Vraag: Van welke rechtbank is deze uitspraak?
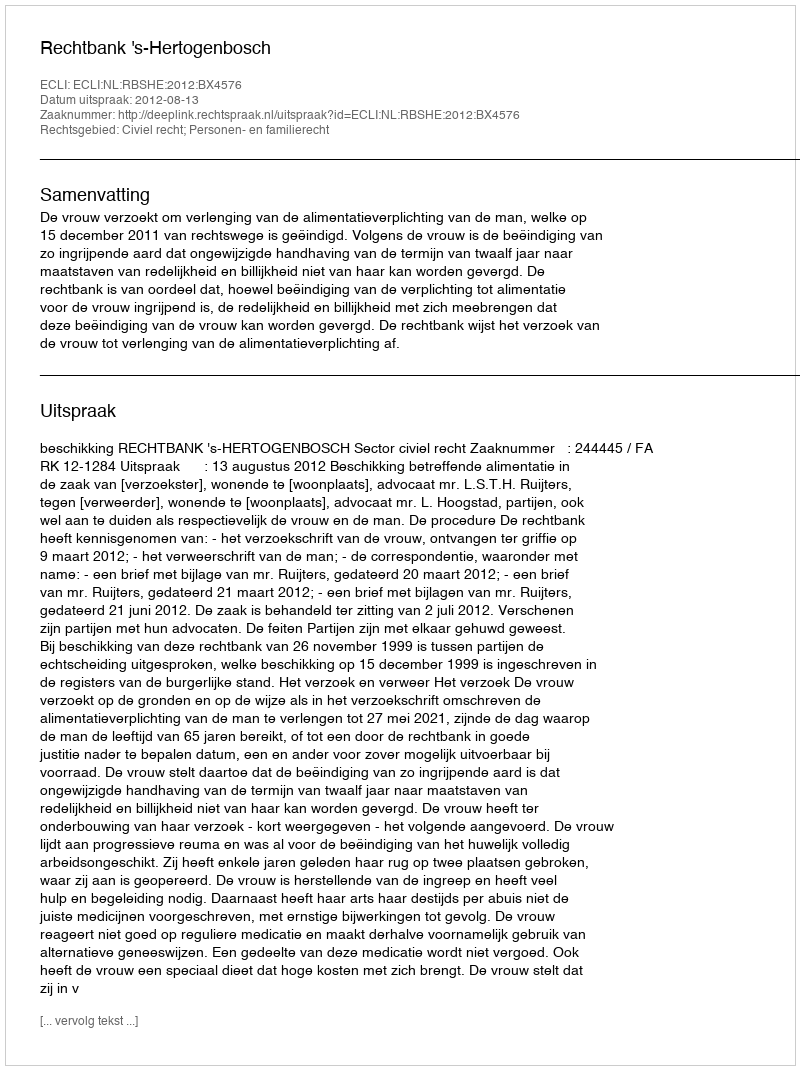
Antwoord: Rechtbank 's-Hertogenbosch